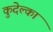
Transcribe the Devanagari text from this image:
कुदेल्का